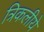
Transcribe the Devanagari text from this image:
त्रिकलीये